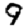
Digit: 9